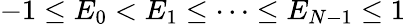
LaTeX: -1\le E_{0}<E_{1}\le\cdots\le E_{N-1}\le 1